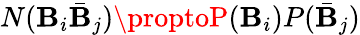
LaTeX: N(\mathbf{B}_{i}\bar{{\mathbf{B}}}_{j})\proptoP(\mathbf{B}_{i})P(\bar{{\mathbf{B}}}_{j})